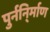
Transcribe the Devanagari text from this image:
पुर्ननि्र्माण